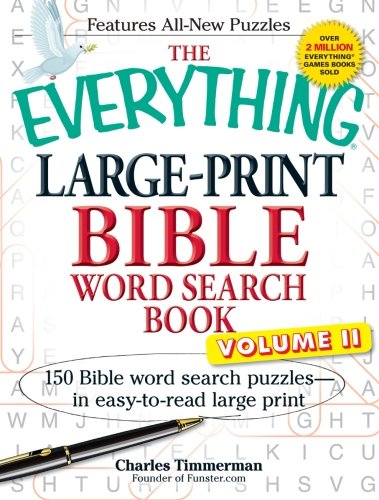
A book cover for The Everything Large-Print Bible Word Search Book, Volume II: 150 Bible Word Search Puzzles in Easy-to-Read Large Print (Volume 2); Charles Timmerman; Humor & Entertainment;